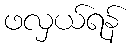
ဖလှယ်ရန်